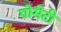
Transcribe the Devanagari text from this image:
गोमेटी